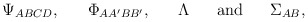
\begin{align*}\Psi_{ABCD},\ \ \ \ \ \Phi_{AA'BB'},\ \ \ \ \ \Lambda\ \ \ \ \ {\rm and}\ \ \ \ \ \Sigma_{AB},\end{align*}